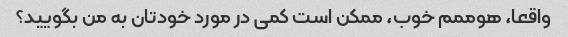
واقعا، هوممم خوب، ممکن است کمی در مورد خودتان به من بگویید؟